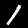
Digit: 1